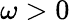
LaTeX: \omega>0